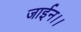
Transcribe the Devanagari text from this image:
जाईन।।